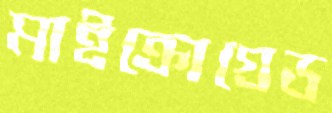
মাইক্রোগ্রেড